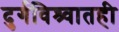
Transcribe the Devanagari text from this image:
दुर्गविश्र्वातही